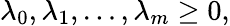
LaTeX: \lambda_{0},\lambda_{1},\ldots,\lambda_{m}\geq 0,